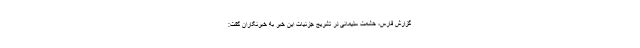
گزارش فارس، حشمت سلیمانی در تشریح جزئیات این خبر به خبرنگاران گفت: